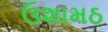
ઉશામઠ